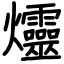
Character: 爧